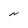
Character: N